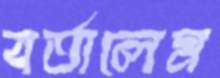
বর্তালেম